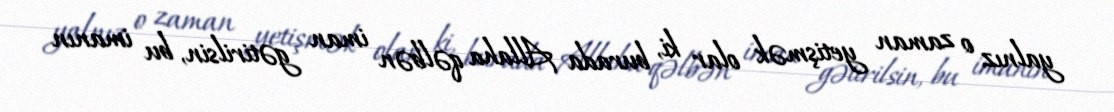
yalnız o zaman yetişmək olar ki, burada Allaha qəlbən iman gətirilsin, bu imanın